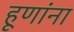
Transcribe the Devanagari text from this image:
हूणांना